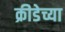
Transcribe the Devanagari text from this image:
क्रीडेच्या